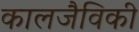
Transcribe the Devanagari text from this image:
कालजैविकी